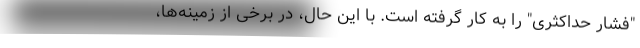
"فشار حداکثری" را به کار گرفته است. با این حال، در برخی از زمینه‌ها،